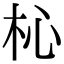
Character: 杺